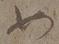
如